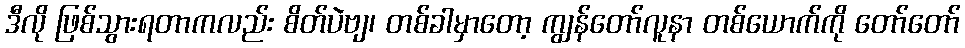
ဒီလို ဖြစ်သွားရတာကလည်း စိတ်ပဲဗျ၊ တစ်ခါမှာတော့ ကျွန်တော်လူနာ တစ်ယောက်ကို တော်တော်